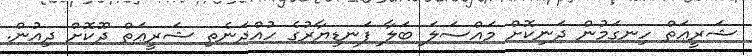
ޝަރީޢަތް ހިނގަމުން ދަނިކޮށް މައްސަލަ ބަލާ ފަނޑިޔާރުގެ ހުއްދަނެތި ޝަރީޢަތް ދޫކޮށް ދިއުން.